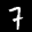
Label: 7